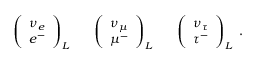
\left( \begin{array} { c } { { \nu _ { e } } } \\ { { e ^ { - } } } \end{array} \right) _ { L } \; \; \; \; \; \; \left( \begin{array} { c } { { \nu _ { \mu } } } \\ { { \mu ^ { - } } } \end{array} \right) _ { L } \; \; \; \; \; \; \left( \begin{array} { c } { { \nu _ { \tau } } } \\ { { \tau ^ { - } } } \end{array} \right) _ { L } \; .